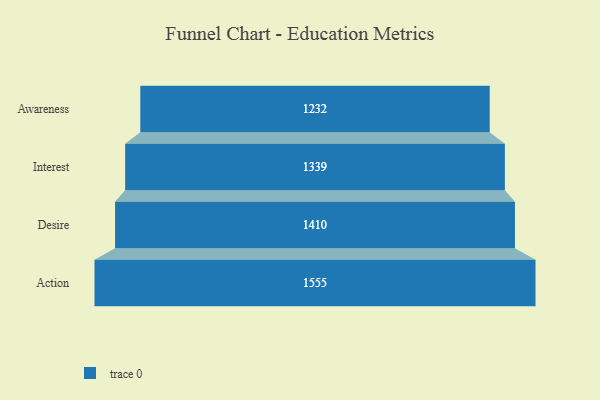
{"axis": {"x": "Stage", "y": "Value"}, "legend": [""], "data": [{"x": "Awareness", "y": 1232.0, "type": ""}, {"x": "Interest", "y": 1339.0, "type": ""}, {"x": "Desire", "y": 1410.0, "type": ""}, {"x": "Action", "y": 1555.0, "type": ""}]}